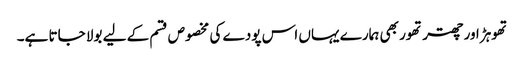
تھوہڑ اور چھتر تھور بھی ہمارے یہاں اس پودے کی مخصوص قسم کے لیے بولا جاتا ہے۔